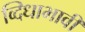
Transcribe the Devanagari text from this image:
व्दिधाभावी